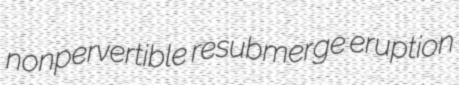
nonpervertible resubmerge eruption